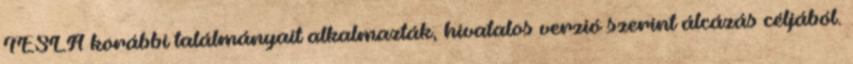
TESLA korábbi találmányait alkalmazták, hivatalos verzió szerint álcázás céljából.